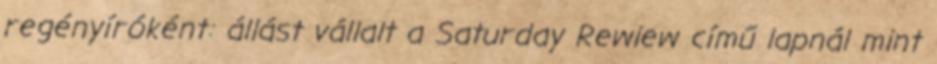
regényíróként: állást vállalt a Saturday Rewiew című lapnál mint